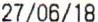
27/06/18